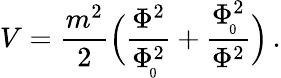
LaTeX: V={\frac{m^{2}}{2}}\Big({\frac{\Phi^{2}}{\Phi_{\! _{0}}^{2}}}+{\frac{\Phi_{\! _{0}}^{2}}{\Phi^{2}}}\Big)\, .